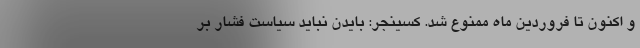
و اکنون تا فروردین ماه ممنوع شد. کسینجر: بایدن نباید سیاست فشار بر